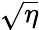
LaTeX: \sqrt{\eta}